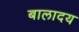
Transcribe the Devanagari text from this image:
बालादय